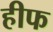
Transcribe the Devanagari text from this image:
हीफ